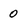
Character: 0